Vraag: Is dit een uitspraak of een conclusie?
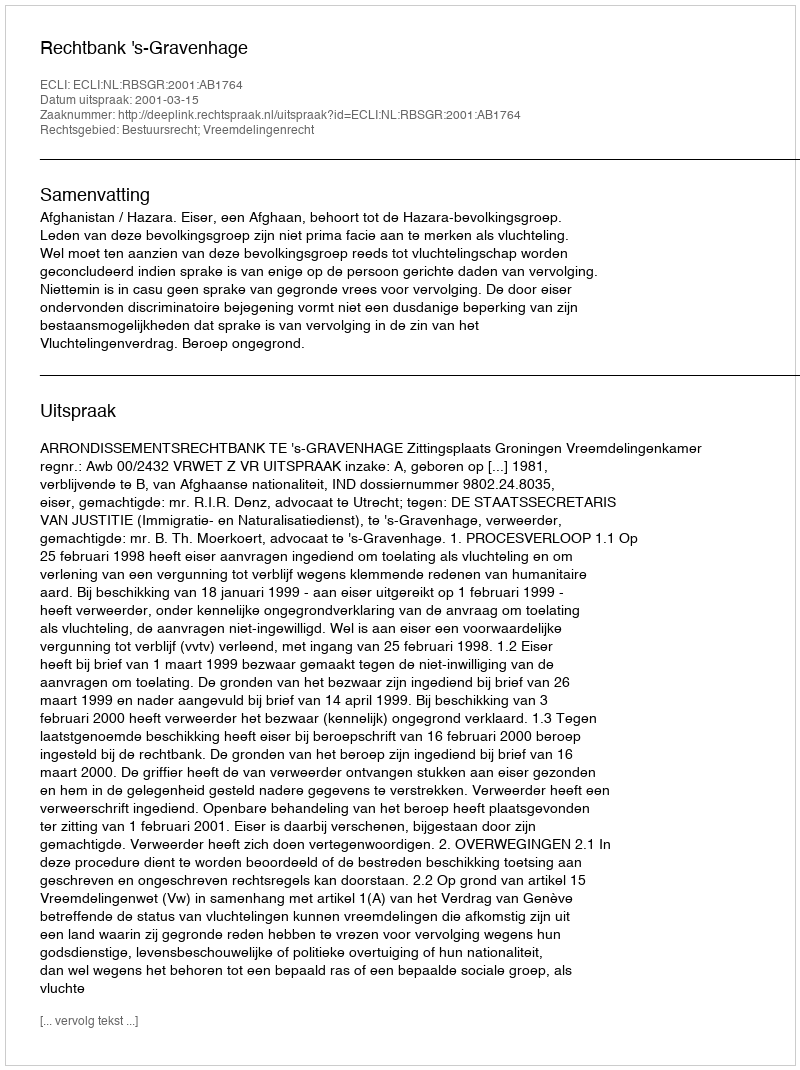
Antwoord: Uitspraak